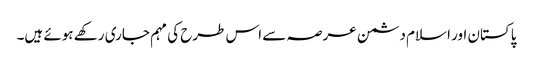
پاکستان اور اسلام دشمن عرصہ سے اس طرح کی مہم جاری رکھے ہوئے ہیں۔